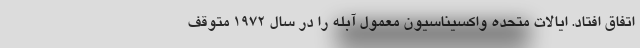
اتفاق افتاد. ایالات متحده واکسیناسیون معمول آبله را در سال ۱۹۷۲ متوقف